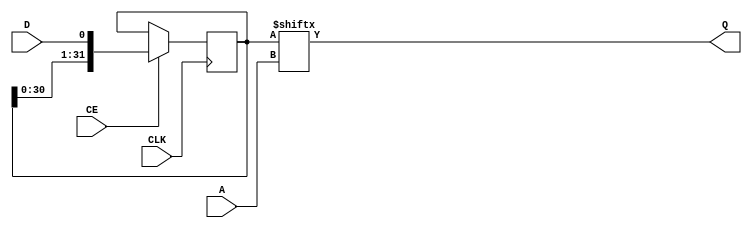
module axi_data_fifo_v2_1_8_ndeep_srl #
  (
   parameter         C_FAMILY  = "rtl", // FPGA Family
   parameter         C_A_WIDTH = 1          // Address Width (>= 1)
   )
  (
   input  wire                 CLK, // Clock
   input  wire [C_A_WIDTH-1:0] A,   // Address
   input  wire                 CE,  // Clock Enable
   input  wire                 D,   // Input Data
   output wire                 Q    // Output Data
   );

  localparam integer P_SRLASIZE = 5;
  localparam integer P_SRLDEPTH = 32;
  localparam integer P_NUMSRLS  = (C_A_WIDTH>P_SRLASIZE) ? (2**(C_A_WIDTH-P_SRLASIZE)) : 1;
  localparam integer P_SHIFT_DEPTH  = 2**C_A_WIDTH;
  
  wire [P_NUMSRLS:0]   d_i;
  wire [P_NUMSRLS-1:0] q_i;
  wire [(C_A_WIDTH>P_SRLASIZE) ? (C_A_WIDTH-1) : (P_SRLASIZE-1) : 0] a_i;
  
  genvar i;
  
  // Instantiate SRLs in carry chain format
  assign d_i[0] = D;
  assign a_i = A;
  
  generate
					
    if (C_FAMILY == "rtl") begin : gen_rtl_shifter
      if (C_A_WIDTH <= P_SRLASIZE) begin : gen_inferred_srl
        reg [P_SRLDEPTH-1:0] shift_reg = {P_SRLDEPTH{1'b0}};
        always @(posedge CLK)
          if (CE)
            shift_reg <= {shift_reg[P_SRLDEPTH-2:0], D};
        assign Q = shift_reg[a_i];
      end else begin : gen_logic_shifter  // Very wasteful
        reg [P_SHIFT_DEPTH-1:0] shift_reg = {P_SHIFT_DEPTH{1'b0}};
        always @(posedge CLK)
          if (CE)
            shift_reg <= {shift_reg[P_SHIFT_DEPTH-2:0], D};
        assign Q = shift_reg[a_i];
      end
    end else begin : gen_primitive_shifter
      for (i=0;i<P_NUMSRLS;i=i+1) begin : gen_srls
        SRLC32E
          srl_inst
            (
             .CLK (CLK),
             .A   (a_i[P_SRLASIZE-1:0]),
             .CE  (CE),
             .D   (d_i[i]),
             .Q   (q_i[i]),
             .Q31 (d_i[i+1])
             );
      end
      
      if (C_A_WIDTH>P_SRLASIZE) begin : gen_srl_mux
        generic_baseblocks_v2_1_0_nto1_mux #
        (
          .C_RATIO         (2**(C_A_WIDTH-P_SRLASIZE)),
          .C_SEL_WIDTH     (C_A_WIDTH-P_SRLASIZE),
          .C_DATAOUT_WIDTH (1),
          .C_ONEHOT        (0)
        )
        srl_q_mux_inst
        (
          .SEL_ONEHOT ({2**(C_A_WIDTH-P_SRLASIZE){1'b0}}),
          .SEL        (a_i[C_A_WIDTH-1:P_SRLASIZE]),
          .IN         (q_i),
          .OUT        (Q)
        );
      end else begin : gen_no_srl_mux
        assign Q = q_i[0];
      end
    end
  endgenerate

endmodule